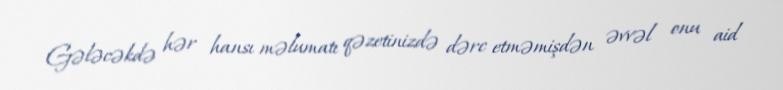
Gələcəkdə hər hansı məlumatı qəzetinizdə dərc etməmişdən əvvəl onu aid